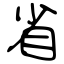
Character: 省